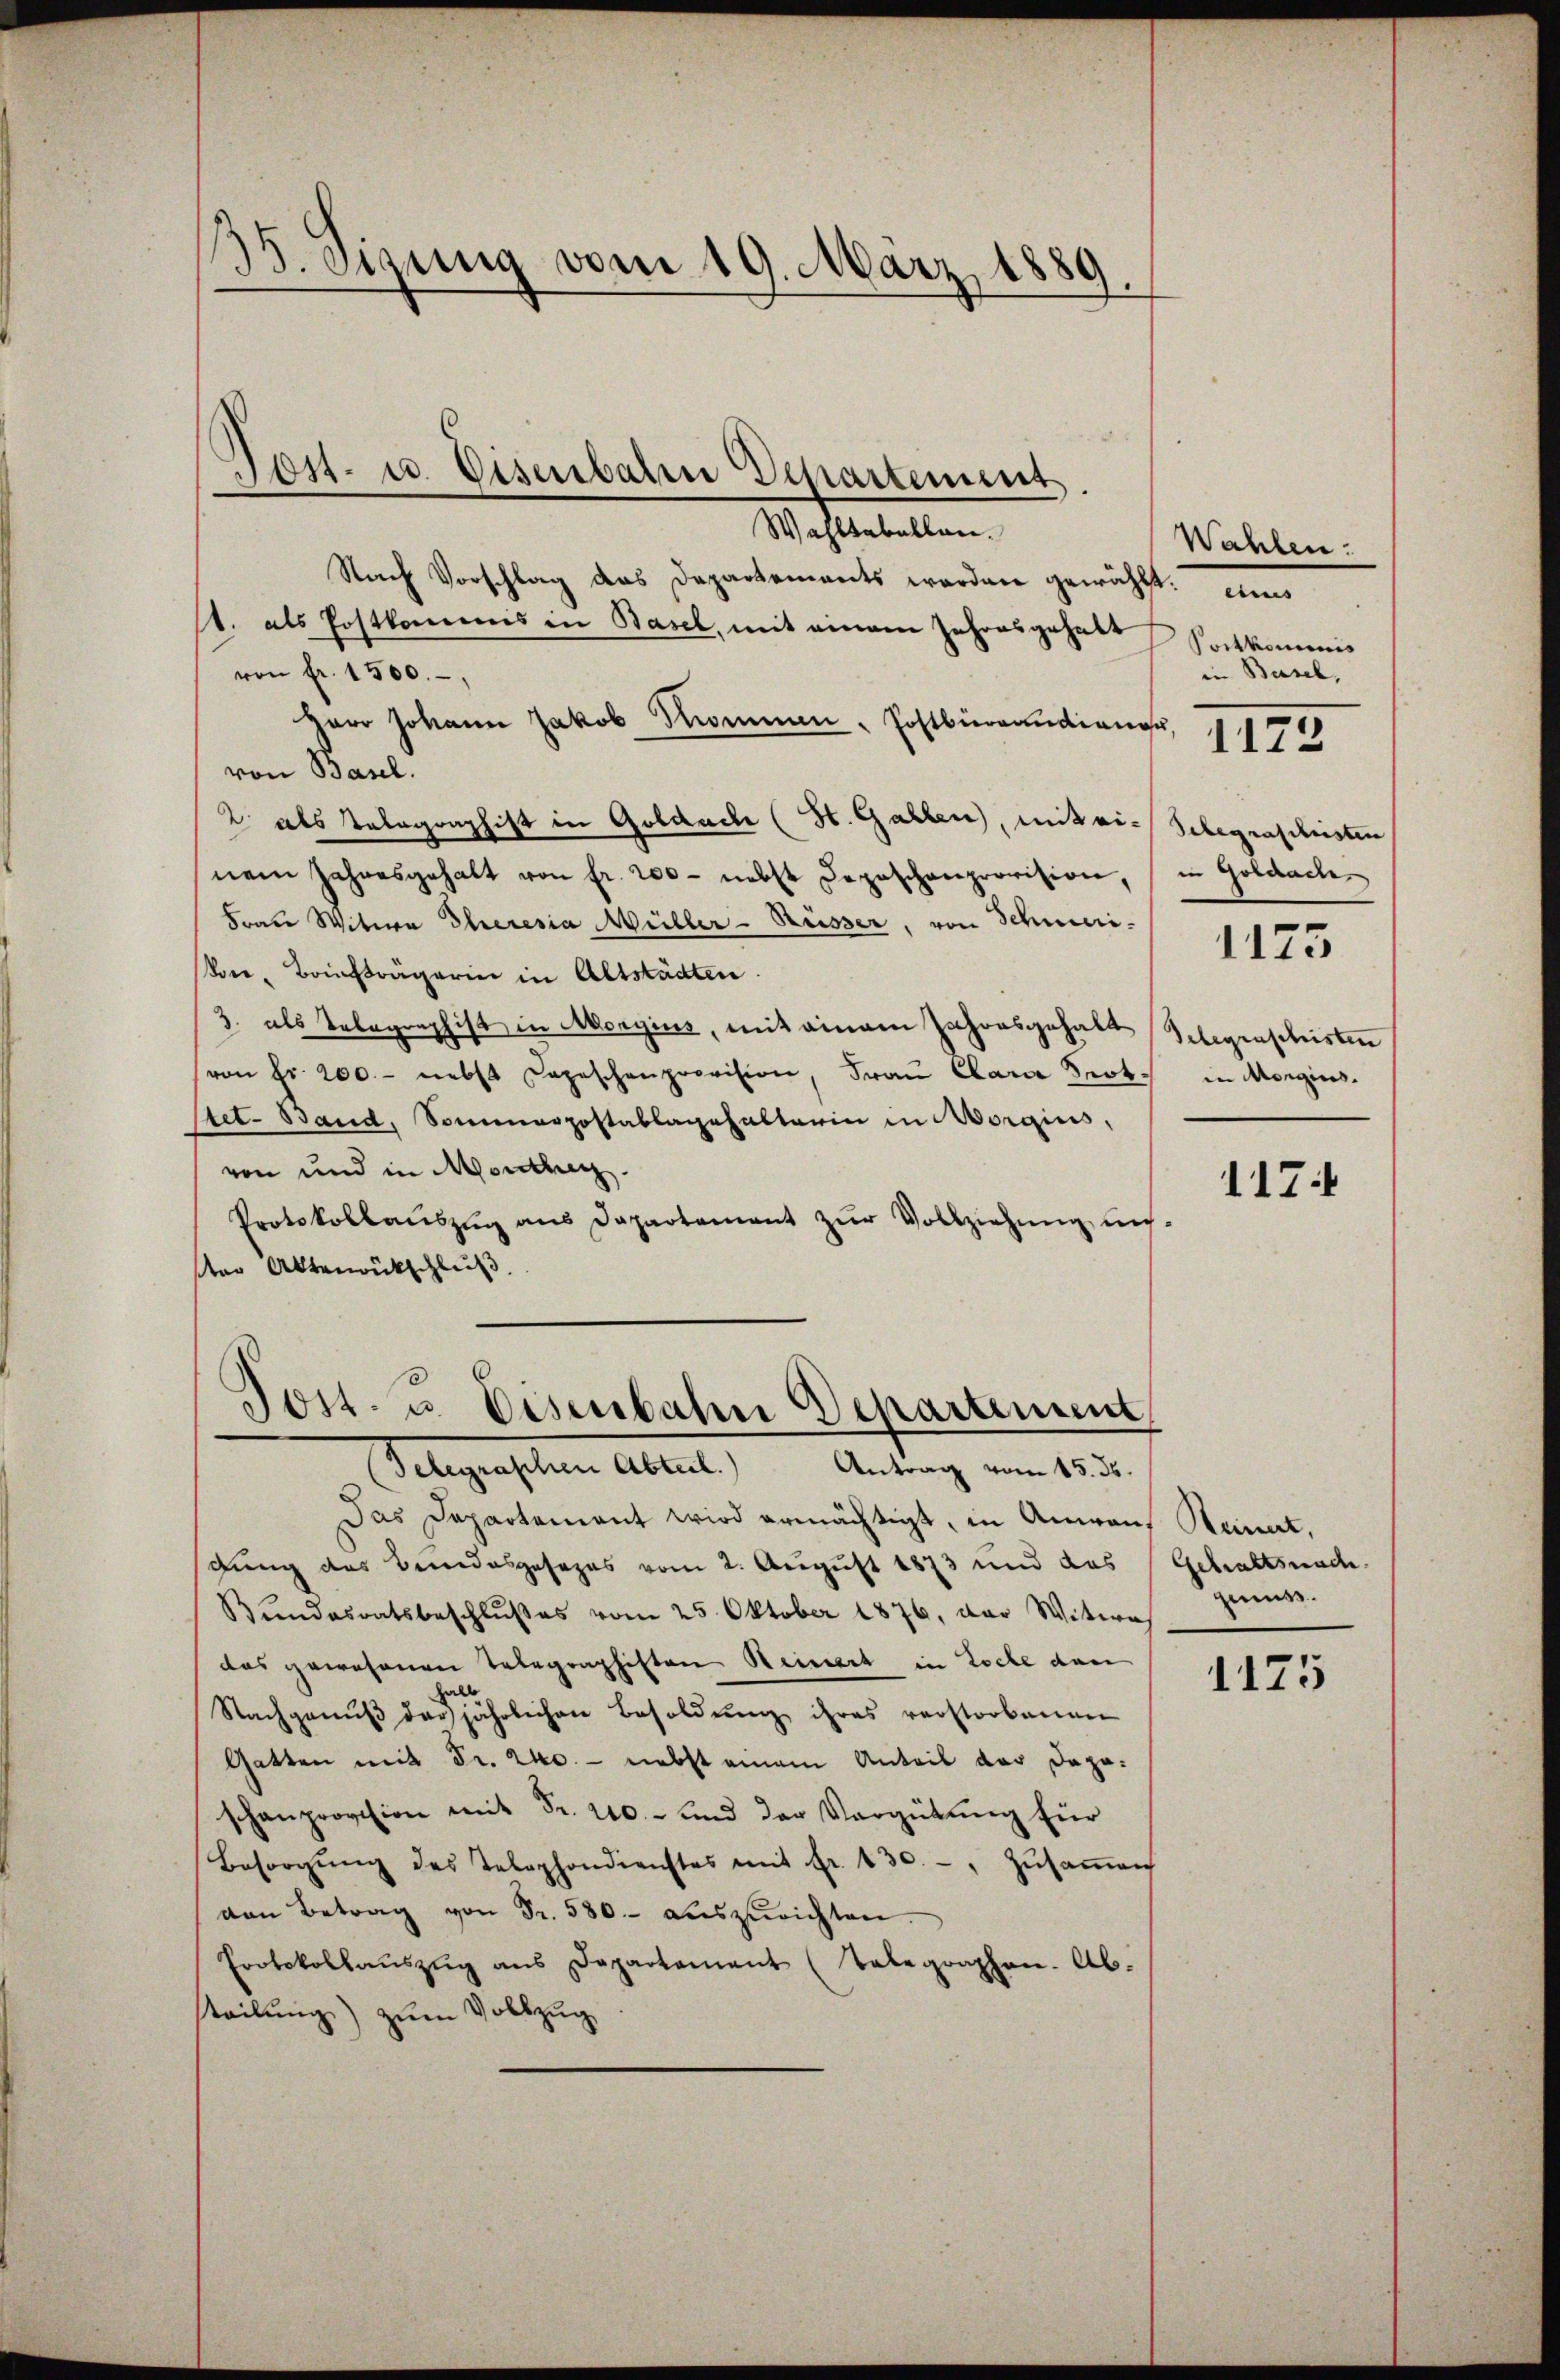
35. Sizung vom 19. März 1889

Wahltabellen.
Nach Vorschlag das Departements worden gewählt.
st. als Postkommis in Basel, mit einem Jahresgehalt Sockkommis
von fr. 1500.
Herr Johann Jakob Trommen Postbrandange, 1719
von Basel.
2 als Telegraphist in Goldach (St. Gallen, mit ei-Gelegraschristen
nem Jahresgehalt von fr. 200 - nebst Depeschenprovision, in Goldach
Frau Witwe Theresia Müller - Russer, von Schmeri¬
Von Baufträgerin in Altstädten.
3. als Telegraphist in Morgins, mit einem Jahresgehalt Gelegenschristen
(von fr. 200.- nebst Depeschenprovision, Frau Clara Prot. in Morgins-
Atet. Band, Sommarzostablagehalterin in Morgius,
von und in Monther.
Protokollaŭszŭg aŭs Dapartament zŭr Vollziehung un-
ter Aktenrückschluß

Jon- u. Eisenbahre Departement.

Post. u. Eisenbahn Departement
(Selegraphen Abteil. Antrag vom 15. ds.

Das Departement wird ermächtigt, in Anwengung des Bundesgesezes vom 2. August 1873 und das
Bŭndesratsbeschlŭβes vom 25. Oktober 1876, der Witwe
das gewesenen Telegraphiften Reinert in Loche den
Nachganŭβ das jährlichen Besoldŭng ihres verstorbenen
Gatten mit Fr. 240. — nebst einem Anteil der Dapo-
schanprovision mit Fr. 240.- und der Vergütŭng für
Besorgŭng des Telephondienstes mit Fr. 130. - Zŭsaṁen
von Betrag von Fr. 580. auszurichten.
Protokollaŭszŭg ans Departement (Telegraphen. Abteilung) zum Vollzug

Wahlen:
in Basel,

1173

1174

Reinet,
Gehaltsnach
genuss.

1125